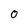
Character: O